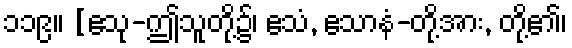
၁၁၉။ [ဧသု-ဤသူတို့၌၊ ဧသံ, ဧသာနံ-တို့အား, တို့၏၊